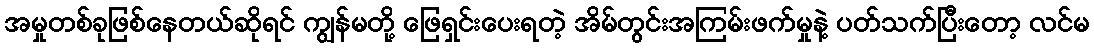
အမှုတစ်ခုဖြစ်နေတယ်ဆိုရင် ကျွန်မတို့ ဖြေရှင်းပေးရတဲ့ အိမ်တွင်းအကြမ်းဖက်မှုနဲ့ ပတ်သက်ပြီးတော့ လင်မ